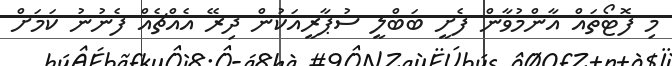
މި ފޮޓޯތައް އާންމުވާން ފެށީ ބަބްލީ ސުޕާރީއަކުން ދިރޭ އެއްޗެއް ފެނުނު ކަމަށް